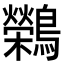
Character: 𬷷